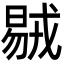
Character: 𣉝